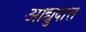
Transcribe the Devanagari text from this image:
आद्युदात्त